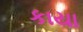
કાયા